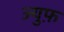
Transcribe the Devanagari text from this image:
ज्युफ़